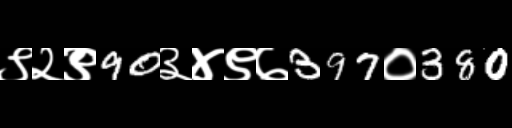
Text: ९२९90३४९७397०380